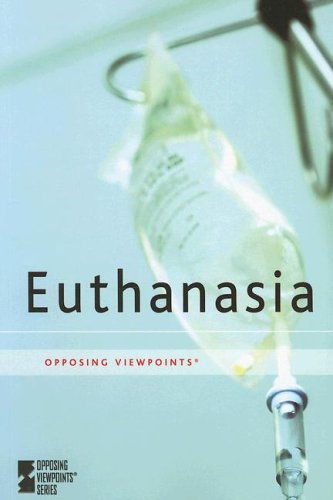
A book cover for Euthanasia (Opposing Viewpoints); Teen & Young Adult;